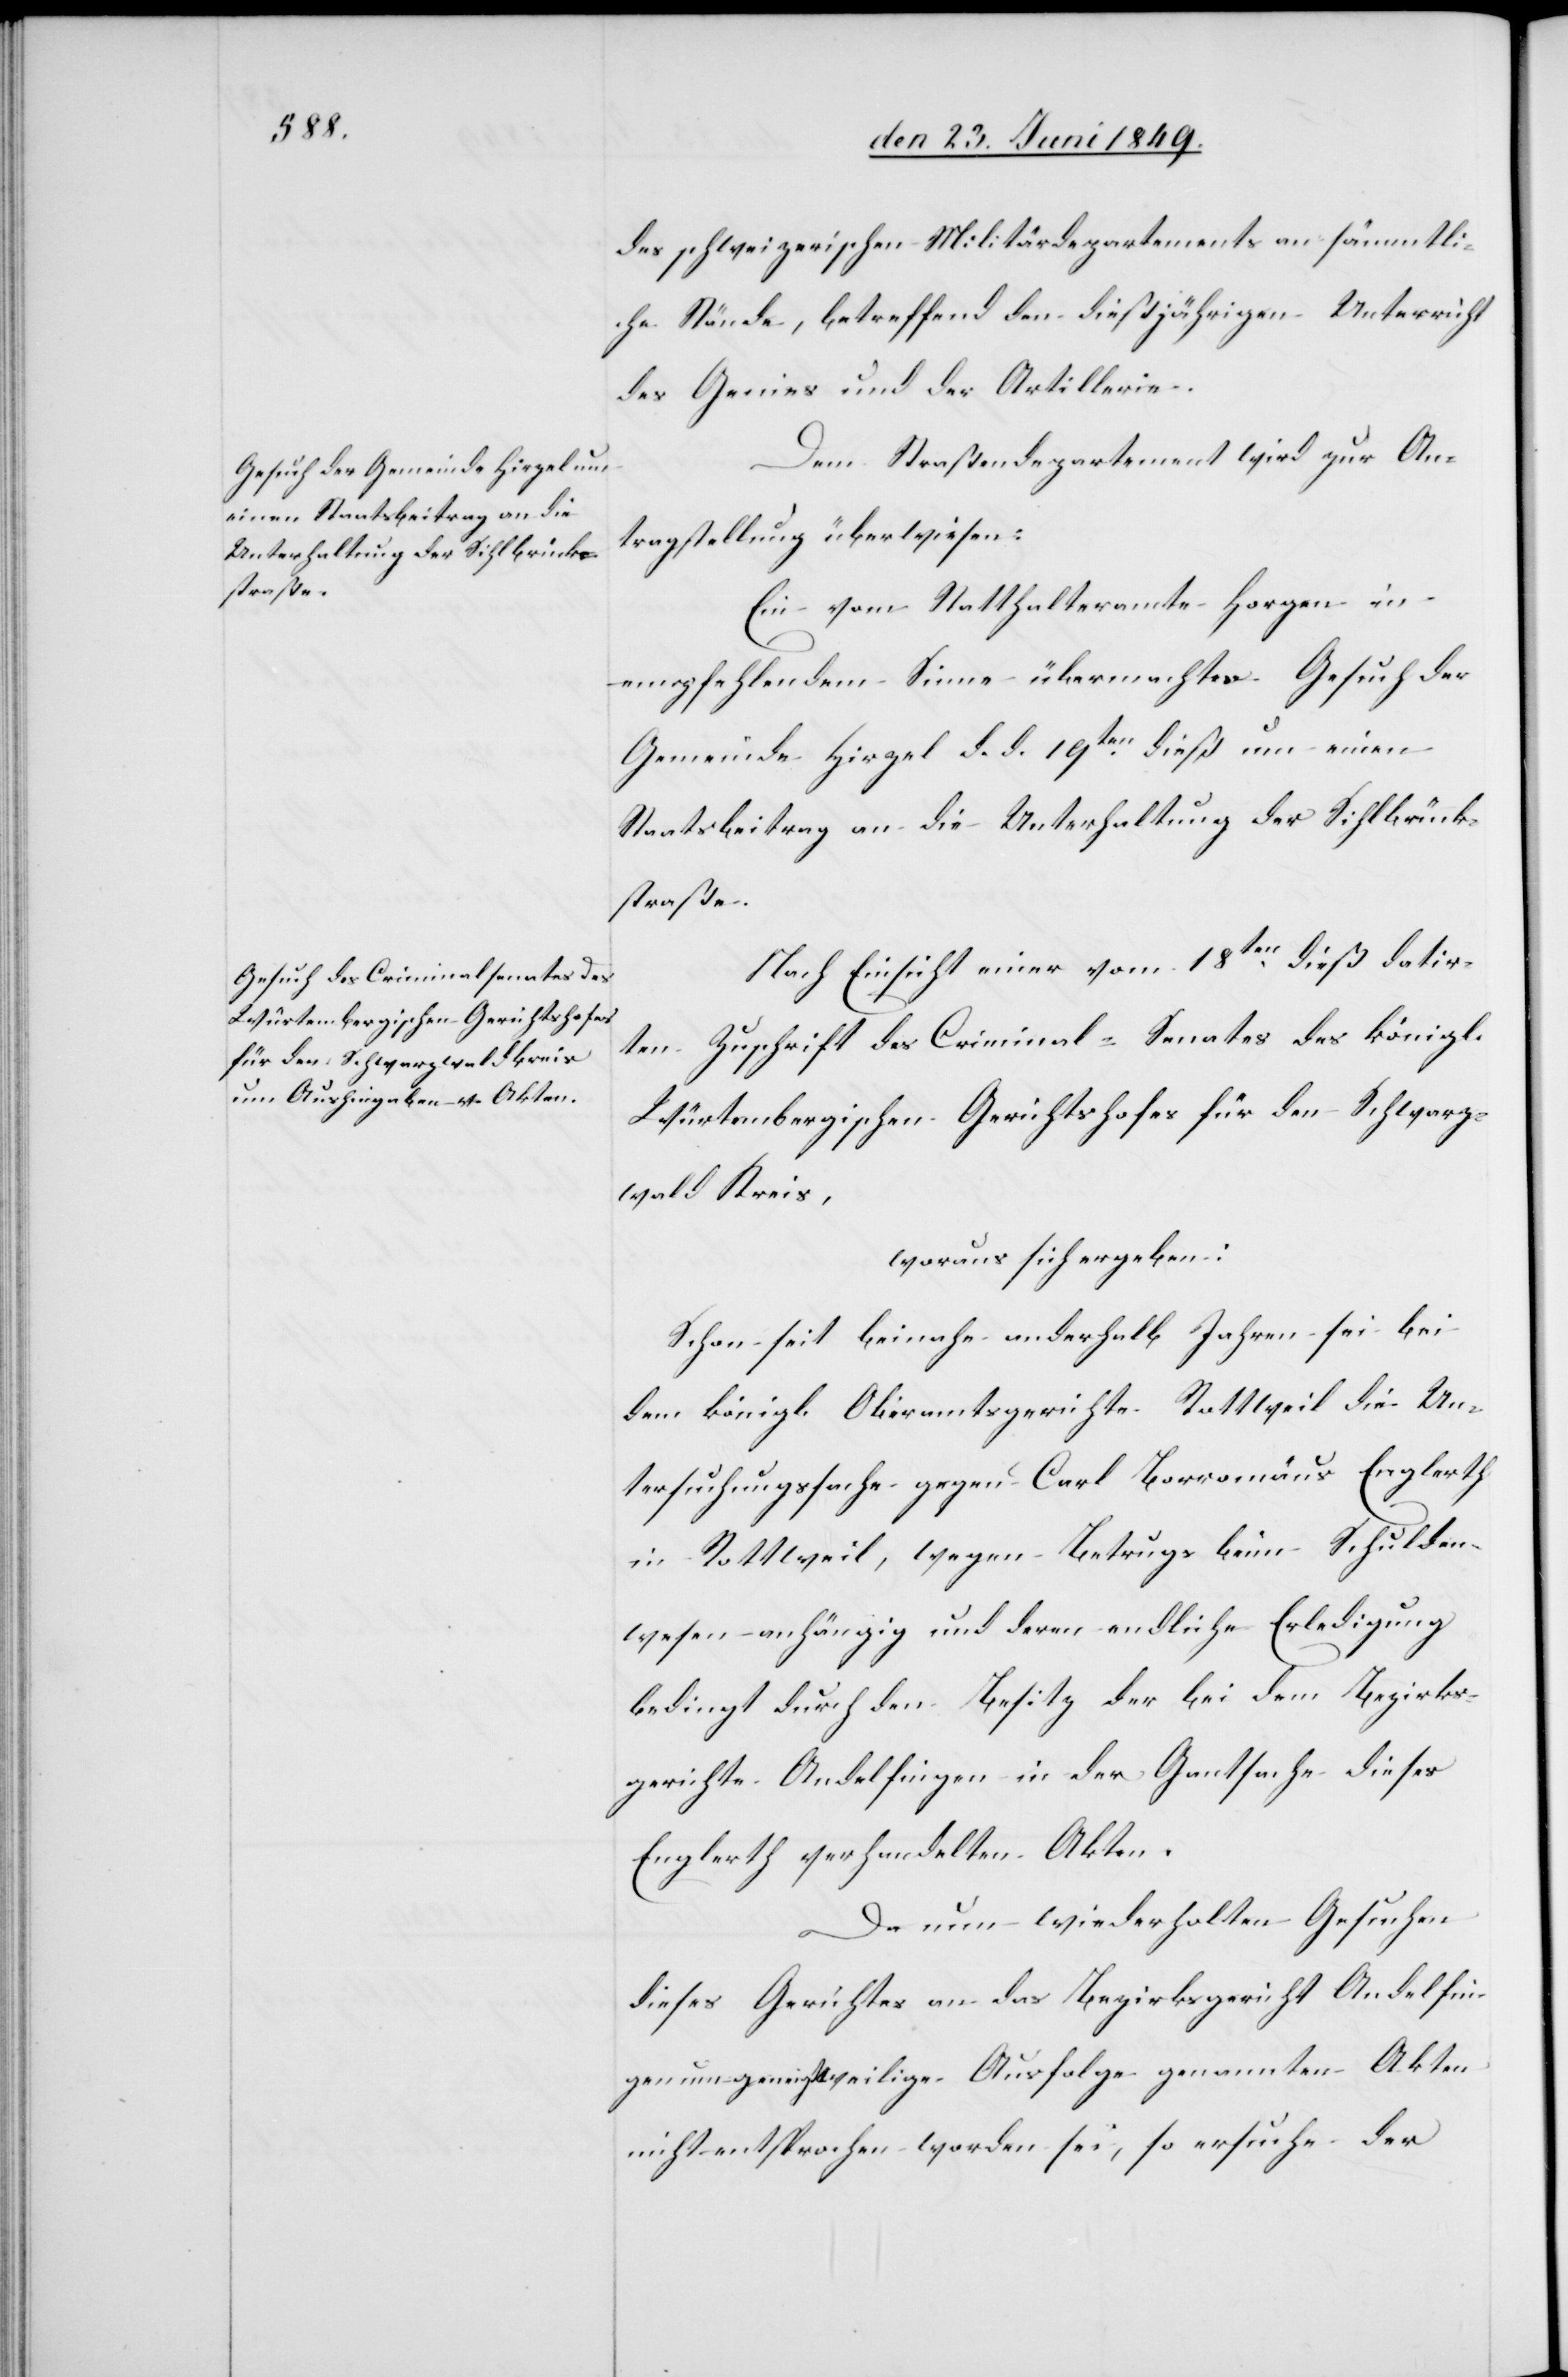
den 25. Juni 1849.]
des schweizerischen Militärdepartements an sämmtli¬
che Stände, betreffend den dießjährigen Unterricht
des Genies und der Artillerie.
Dem Straßendepartement wird zur An¬
tragstellung überwiesen:
Ein vom Statthalteramte Horgen in
empfehlendem Sinne übermachtes Gesuch der
Gemeinde Hirzel d. d. 19ten dieß um einen
Staatsbeitrag an die Unterhaltung der Sihlbrück¬
straße.
Nach Einsicht einer vom 18ten dieß datir¬
ten Zuschrift des Criminal-Senates des königl.
Würtembergischen Gerichtshofes für den Schwarz¬
wald Kreis,
woraus sich ergeben:
Schon seit beinahe anderhalb Jahren sei bei
dem königl. Oberamtsgerichte Rottweil die Un¬
tersuchungssache gegen Carl Borromäus Englerth
in Rottweil, wegen Betrugs beim Schulden¬
wesen anhängig und deren endliche Erledigung
bedingt durch den Besitz der bei dem Bezirks¬
gerichte Andelfingen in der Gantsache dieses
Englerth verhandelten Akten.
Da nun wiederholten Gesuchen
dieses Gerichtes an das Bezirksgericht Andelfin¬
gen um geneigtweilige Ausfolge genannten Akten
nicht entsprochen worden sei, so ersuche der